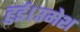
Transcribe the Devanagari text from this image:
हुई।उमेश